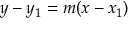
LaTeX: y - y _ { 1 } = m ( x - x _ { 1 } )